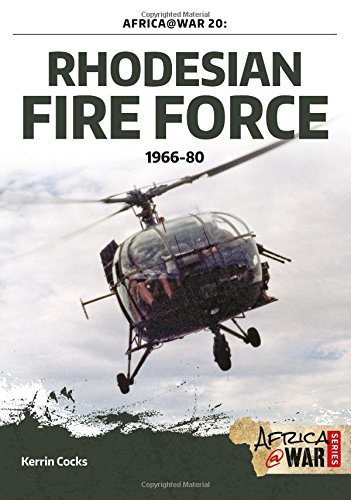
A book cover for Rhodesian Fire Force 1966-80 (Africa @ War); Kerrin Cocks; History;